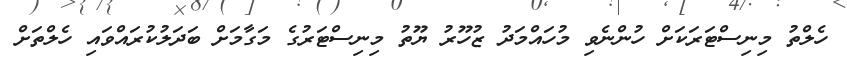
ހެލްތު މިނިސްޓަރަކަށް ހުންނެވި މުހައްމަދު ޒުހޫރު ޔޫތު މިނިސްޓަރުގެ މަގާމަށް ބަދަލުކުރައްވައި ހެލްތަށް